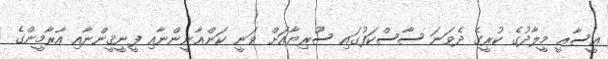
ޢީސާއީ މީލާދުގެ ކުރީގެ ދެވަނަ ސާސްކަފުގައި ސޫރިޔާއަށް ވަނީ ކަންޢާނީންނާއި ފީނީޤީންނާއި އާރާމީންގެ